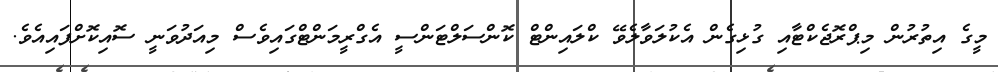
މީގެ އިތުރުން މިޕްރޮޖެކްޓާއި ގުޅިގެން އެކުލަވާލެވޭ ކްލައިންޓް ކޮންސަލްޓަންސީ އެގްރީމަންޓްގައިވެސް މިއަދުވަނީ ސޮއިކޮށްފައިއެވެ.